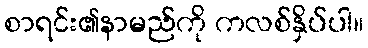
စာရင်း၏နာမည်ကို ကလစ်နှိပ်ပါ။